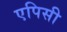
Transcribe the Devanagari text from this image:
एपिसी